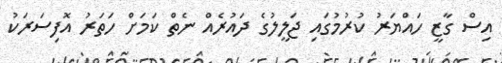
އިސް ގާޒީ ހައްޔަރު ކުރުމުގައި ޖަލީލުގެ ދައުރެއް ނެތް ކަމަށް ހަތަރު އޮފިސަރަކު